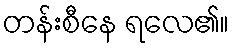
တန်းစီနေ ရလေ၏။